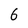
Character: 6